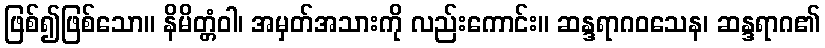
ဖြစ်၍ဖြစ်သော။ နိမိတ္တံဝါ၊ အမှတ်အသားကို လည်းကောင်း။ ဆန္ဒရာဂဝသေန၊ ဆန္ဒရာဂ၏